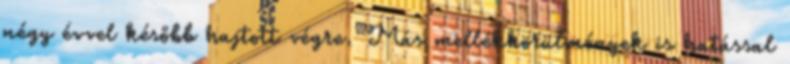
négy évvel később hajtott végre. Más mellékkörülmények is hatással